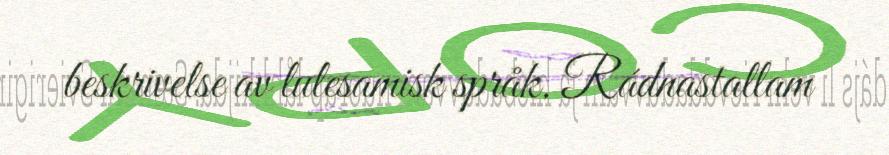
beskrivelse av lulesamisk språk. Rádnastallam